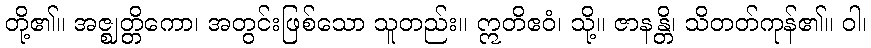
တို့၏။ အဇ္ဈတ္တိကော၊ အတွင်းဖြစ်သော သူတည်း။ ဣတိဧဝံ၊ သို့။ ဇာနန္တိ၊ သိတတ်ကုန်၏။ ဝါ၊